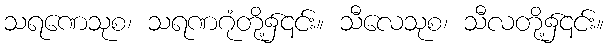
သရဏေသုစ၊ သရဏဂုံတို့၌၎င်း။ သီလေသုစ၊ သီလတို့၌၎င်း။